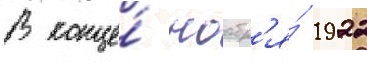
В конце́ ноабр'я́ 1922